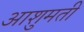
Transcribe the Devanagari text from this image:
आशुमती